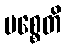
ပစ္စေတိ